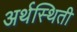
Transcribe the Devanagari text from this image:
अर्थस्थिती